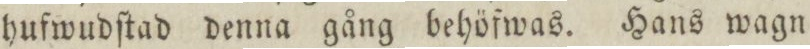
hufwudſtad denna gång behöfwas. Hans wagn